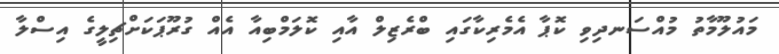
މައުލޫމާތު މުއްސަނދިވި ކޮޕާ އެމެރިކާގައި ބްރެޒިލް އާއި ކޮލަމްބިއާ އެއް ގުރޫޕަކަށްޗިލީގެ އިސްލާ